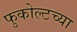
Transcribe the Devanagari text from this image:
फुकोल्टच्या